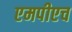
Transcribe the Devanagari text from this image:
एमपीएच